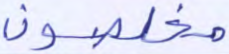
مخلصون